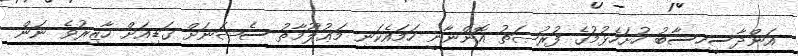
އަންދާސީހިސާބު ހުށަހެޅުމުގެ ފުރުޞަތު އޮންނާނީ ހަމައެކަނި މަޢުލޫމާތު ސެޝަނަށް ގަޑިއަށް ހާޒިރުވެ ނަން